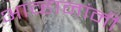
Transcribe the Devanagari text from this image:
आव्हानांनी